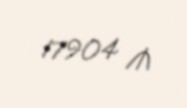
17904 ₼